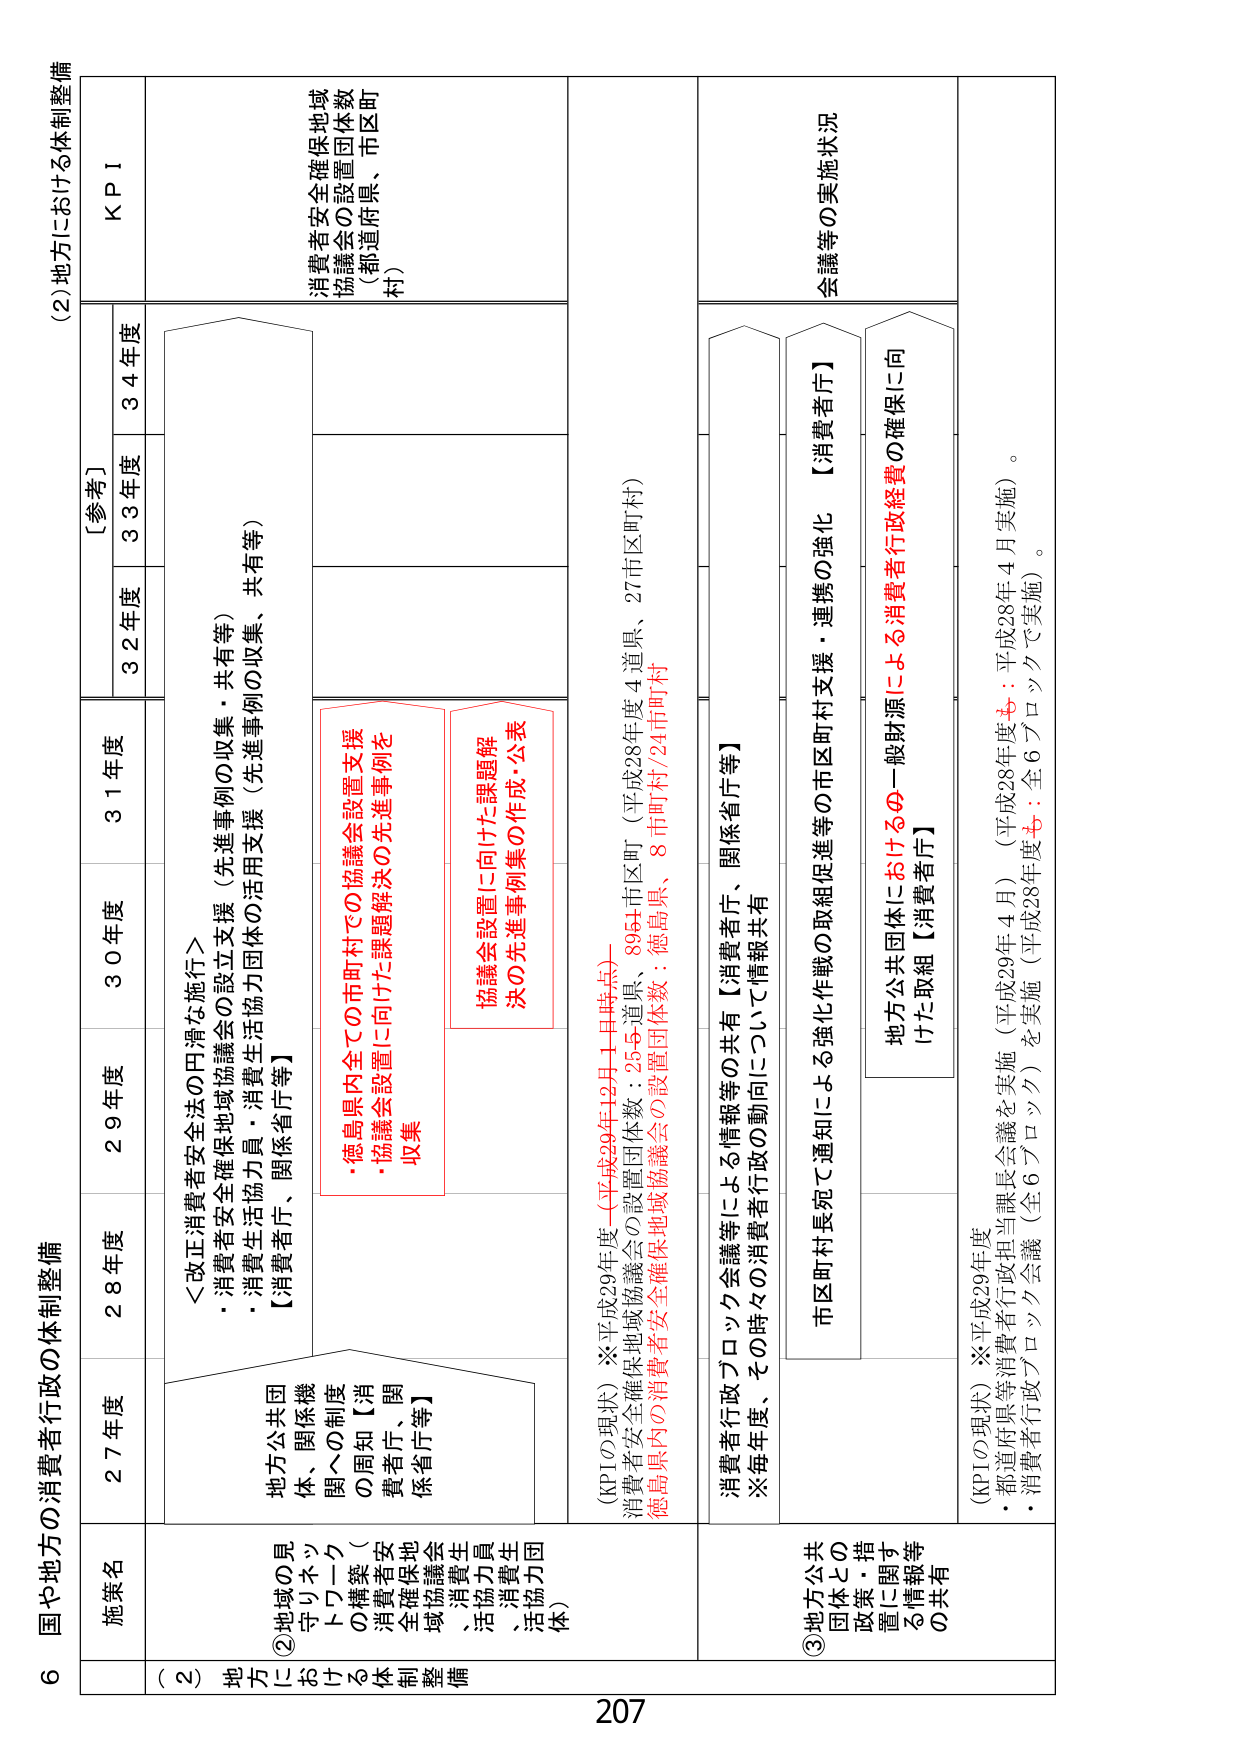
6 国や地方の消費者行政の体制整備

(2) 地方における体制整備

施策名
27年度
28年度
29年度
30年度
31年度
[参考]
32年度
33年度
34年度
KPI

(2) 地方における体制整備
②地域の見守りネットワークの構築（消費者安全確保地域協議会、消費者生活協力員、消費者生活協力団体等）
地方公共団体・関係機関への制度の周知【消費者庁、関係省庁等】
＜改正消費者安全法の円滑な施行＞
・消費者安全確保地域協議会の設立支援（先進事例の収集・共有等）
・消費者生活協力員・消費者生活協力団体の活用支援（先進事例の収集、共有等）
【消費者庁、関係省庁等】

・徳島県内全ての市町村での協議会設置支援
・協議会設置に向けた課題解決の先進事例を収集
協議会設置に向けた課題解決の先進事例集の作成・公表

(KPIの現状) ※平成29年度（平成29年12月1日時点）
消費者安全確保地域協議会の設置団体数：255 道県、895 市区町（平成28年度 4 道県、27 市区町村）
徳島県内の消費者安全確保地域協議会の設置団体数：徳島県、8 市町村/24 市町村

③地方公共団体との政策・措置に関する情報等の共有
消費者行政ブロック会議等による情報等の共有【消費者庁、関係省庁等】
※毎年度、その時々の消費者行政の動向について情報共有
市区町村長宛による強化作戦の取組促進等の市区町村支援・連携の強化 【消費者庁】
地方公共団体における一般財源による消費者行政経費の確保に向けた取組【消費者庁】

(KPIの現状) ※平成29年度
・都道府県等消費者行政担当課長会議を実施（平成29年4月）（平成28年度 も：平成28年4月実施）。
・消費者行政ブロック会議（全6ブロック）を実施（平成28年度 も：全6ブロックで実施）。

消費者安全確保地域協議会の設置団体数（都道府県、市区町村）

会議等の実施状況

207